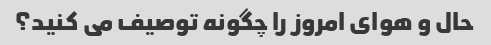
حال و هوای امروز را چگونه توصیف می کنید؟